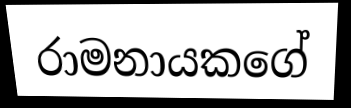
රාමනායකගේ